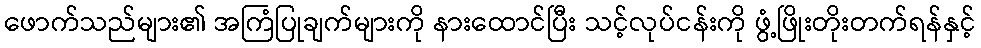
ဖောက်သည်များ၏ အကြံပြုချက်များကို နားထောင်ပြီး သင့်လုပ်ငန်းကို ဖွံ့ဖြိုးတိုးတက်ရန်နှင့်